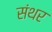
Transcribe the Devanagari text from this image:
संथर